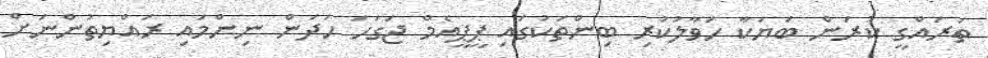
ތަރައްގީ ކުރަން ބަޔަކާ ހަވާލުކުރި ބިންތަކުގައި ޕީޕީއެމް ޖަގަހަ ހަދަން ނިންމައި ރައްޔިތުންނަށް